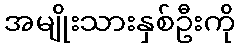
အမျိုးသားနှစ်ဦးကို